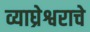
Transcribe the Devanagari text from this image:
व्याघ्रेश्वराचे